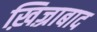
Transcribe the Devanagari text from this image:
ख़िज़्राबाद